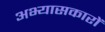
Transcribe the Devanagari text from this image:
अभ्‍यासकारों